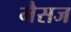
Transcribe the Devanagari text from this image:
मैसज